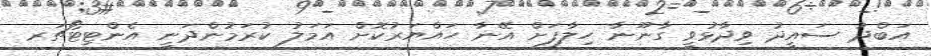
އަބްދު ސައީދު ވިދާޅުވީ ގާނޫނާ ހިލާފަށް އޭނާ ހައްޔަރުކޮށް އަމަލު ކުރަމުންދަނީ އެންޓިޓޯޗަރ